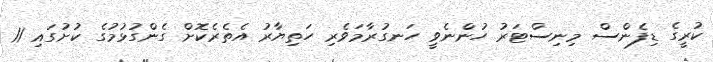
ކުރީގެ ޑިފެންސް މިނިސްޓަރު ހުންނެވީ ހަނގުރާމަވެރި ހަތިޔާރު އެތެރެކޮށް ގެންގުޅުމުގެ ކުށުގައި 11